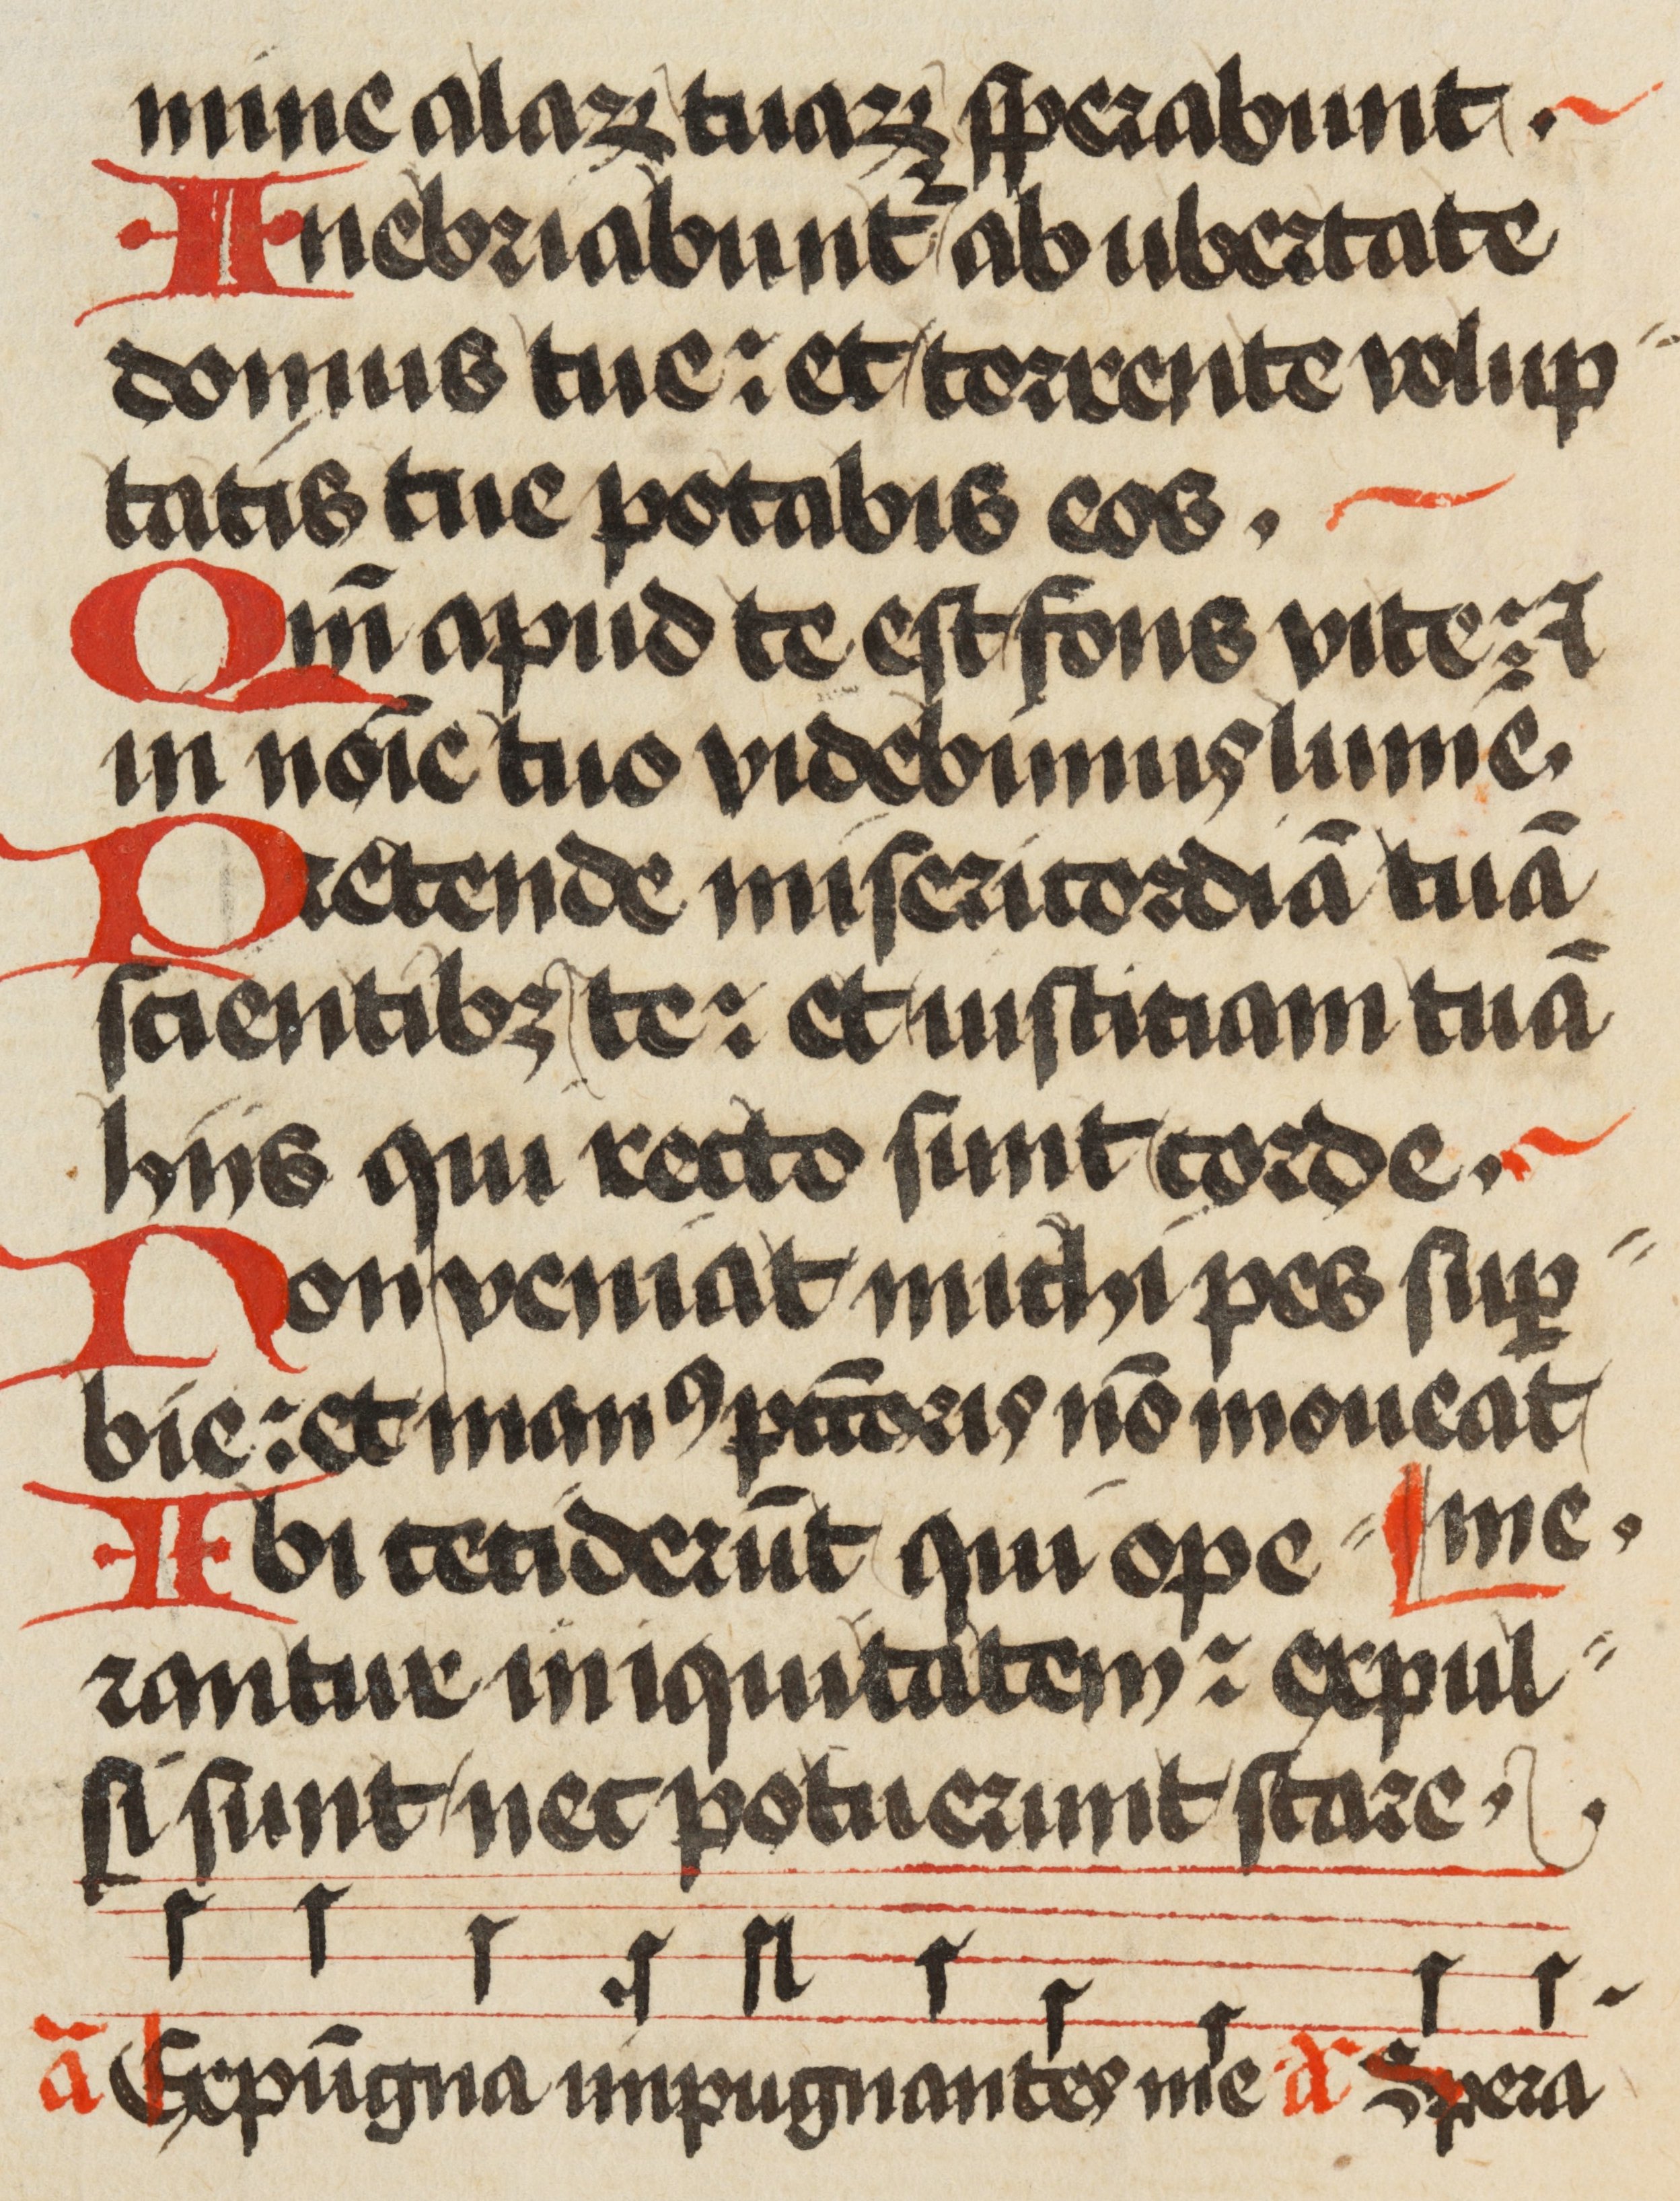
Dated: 1471–1471